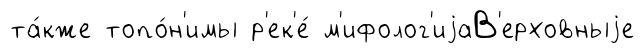
та́кже топо́н'имы р'ек'е́ м'ифолог'иjаВ'ерховныjе